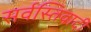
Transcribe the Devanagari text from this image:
सर्वस्तिवादी